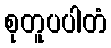
စုတူပပါတံ